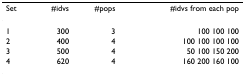
| Set | #idvs | #pops | #idvs from each pop |
 | --- | --- | --- | --- |
 | 1 | 300 | 3 | 100 100 100 |
 | 2 | 400 | 4 | 100 100 100 100 |
 | 3 | 500 | 4 | 50 100 150 200 |
 | 4 | 620 | 4 | 160 200 160 100 |